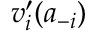
v _ { i } ^ { \prime } ( a _ { - i } )